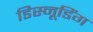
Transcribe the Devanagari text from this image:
डिस्नूडिंग